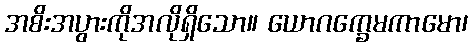
အစိးအပွားကိုအလိုရှိသော။ ယောဂက္ခေမကာမော၊